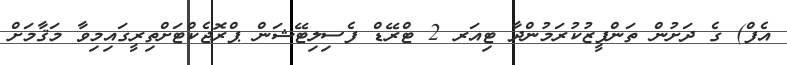
އެފް) ގެ ދަށުން ތަންފީޒުކުރަމުންދާ ޓިއަރ 2 ޓްރޭޑް ފެސިލިޓޭޝަން ޕްރޮޖެކްޓަށްތިރީގައިމިވާ މަޤާމަށް